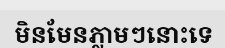
មិនមែនភ្លាមៗនោះទេ